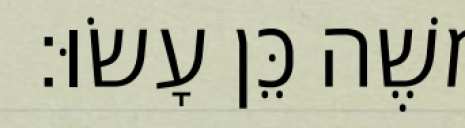
משֶׁה כֵּן עָשׂוּ׃